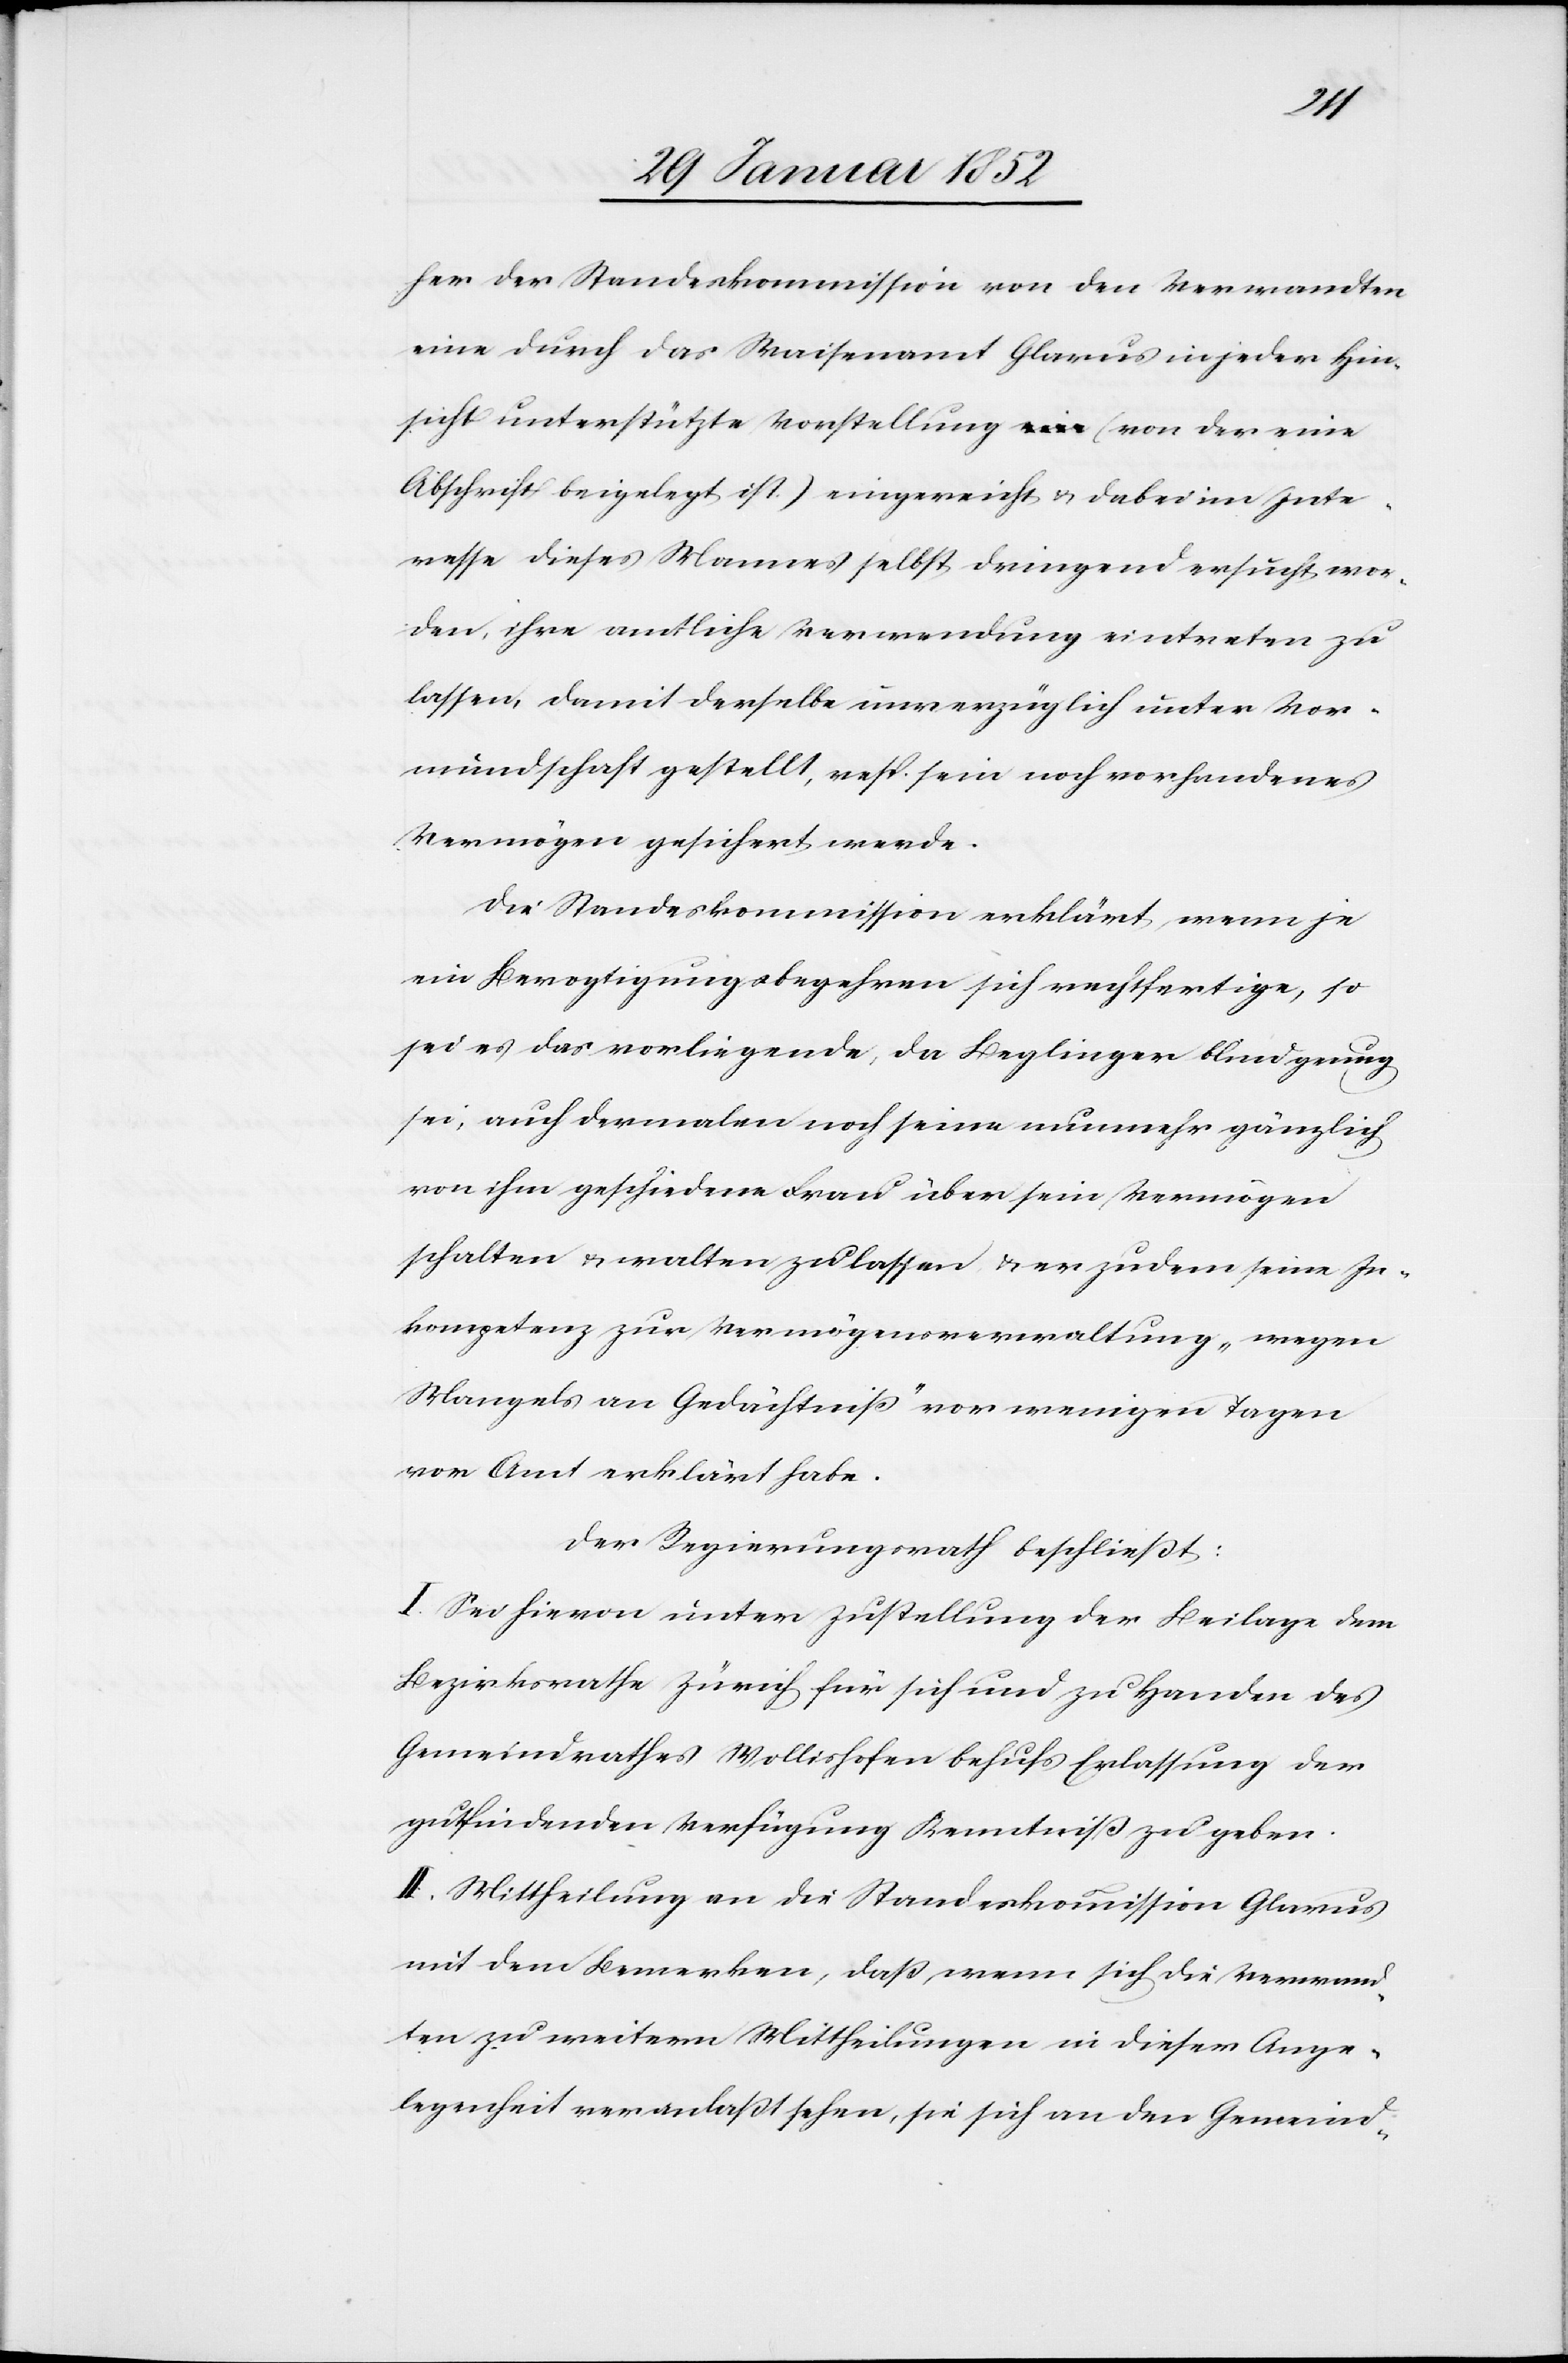
her der Standeskommission von den Verwandten
eine durch das Waisenamt Glarus in jeder Hin¬
sicht unterstützte Vorstellung (von der eine
Abschrift beigelegt ist) eingereicht u. dabei im Inte¬
resse dieses Mannes selbst dringend ersucht wor¬
den, ihre amtliche Verwendung eintreten zu
lassen, damit derselben unverzüglich unter Vor¬
mundschaft gestellt, resp. sein noch vorhandenes
Vermögen gesichert werde.
Die Standeskommission erklärt, wenn je
ein Bevogtigungsbegehren sich rechtfertige, so
sei es das vorliegende, da Beglinger blind genug
sei, auch dermalen noch seine nunmehr gänzlich
von ihm geschiedene Frau über sein Vermögen
schalten u. walten zu lassen u. er zudem seine In¬
kompetenz zur Vermögensverwaltung „wegen
Mangels an Gedächtniß“ vor wenigen Tagen
vor Amt erklärt habe.
Der Regierungsrath beschließt:
I. Sei hiervon unter Zustellung der Beilage dem
Bezirksrathe Zürich für sich und zu Handen des
Gemeindrathes Wollishofen behufs Entlassung der
gutfindenden Verfügung Kenntniß zu geben.
II. Mittheilung an die Standeskommission Glarus
mit dem Bemerken, daß, wenn sich die Verwand¬
ten zu weitern Mittheilungen in dieser Ange¬
legenheit veranlaßt sehen, sie sich an den Gemeind-